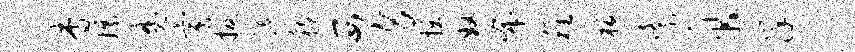
杳嫖魔寅扳涎稼西身拔奴布稚板紊帛详